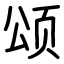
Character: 颂